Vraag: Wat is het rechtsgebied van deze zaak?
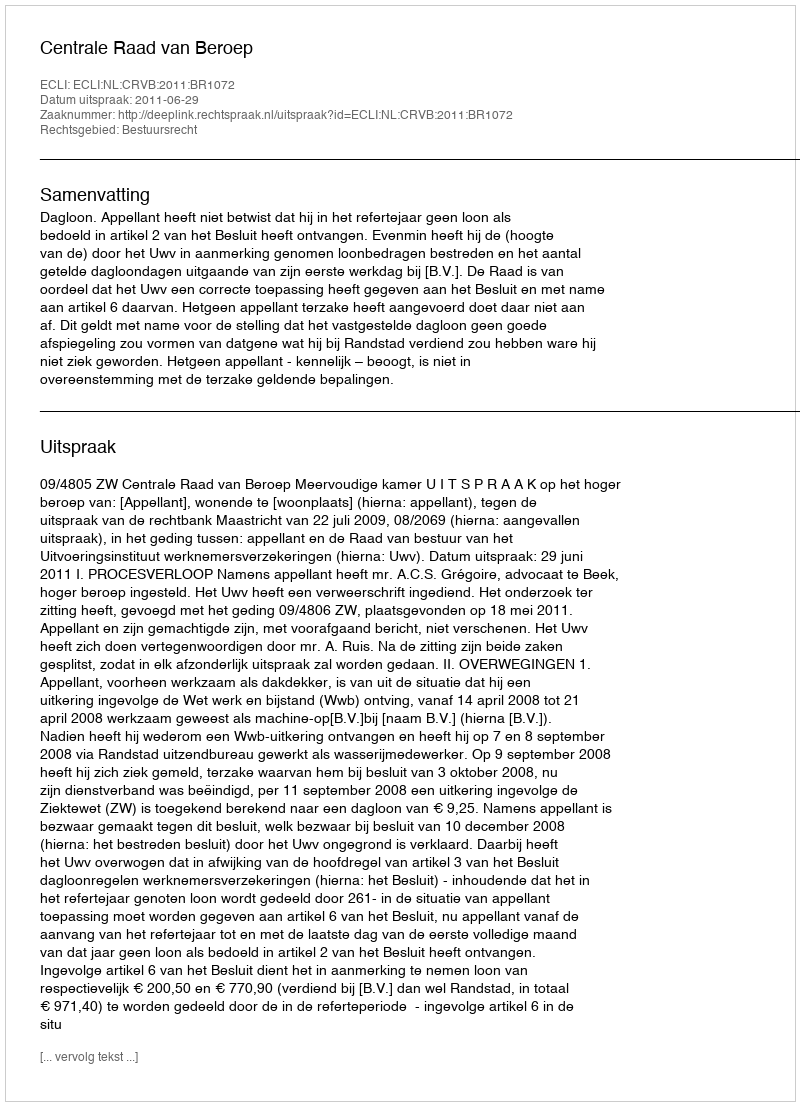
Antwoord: Bestuursrecht